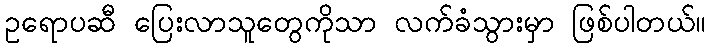
ဥရောပဆီ ပြေးလာသူတွေကိုသာ လက်ခံသွားမှာ ဖြစ်ပါတယ်။